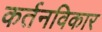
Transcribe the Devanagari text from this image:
कर्तनविकार